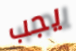
يجب